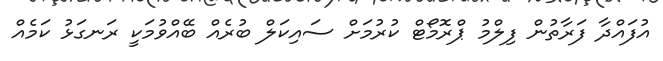
އުފައްދާ ފަރާތުން ފިލްމު ޕްރޮމޯޓް ކުރުމަށް ސައިކަލް ބުރެއް ބޭއްވުމަކީ ރަނގަޅު ކަމެއް